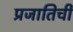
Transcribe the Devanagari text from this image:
प्रजातिची